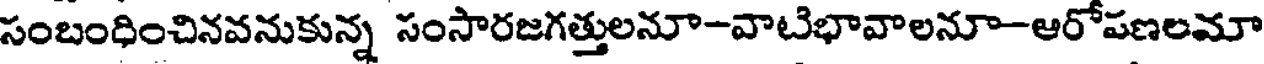
సంబంధించినవనుకున్న సంసారజగత్తులనూ-వాటిభావాలనూ-ఆరోపణలమా